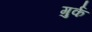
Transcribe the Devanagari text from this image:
गुर्क